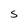
Character: S